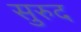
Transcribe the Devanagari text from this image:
सुरुद